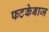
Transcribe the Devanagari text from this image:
फटकेबाज